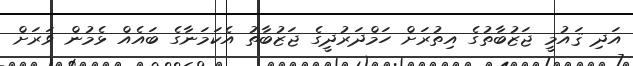
އަދި ޤައުމީ ޖަޒުބާތުގެ އިތުރަށް ހަމްދަރުދީގެ ޖަޒުބާތު އެކަމަނާގެ ބައެއް ޅެމުން ވަރަށް